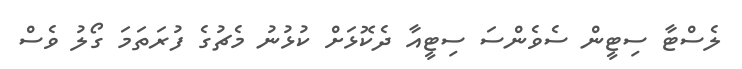
ލެސްޓާ ސިޓީން ސެވެންސަ ސިޓީއާ ދެކޮޅަށް ކުޅުނު މެޗުގެ ފުރަތަމަ ގޯލު ވެސް